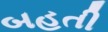
બહતી